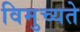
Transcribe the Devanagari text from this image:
विमुच्यते